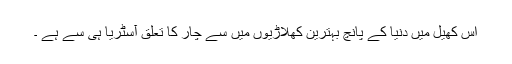
اس کھیل میں دنیا کے پانچ بہترین کھلاڑیوں میں سے چار کا تعلق آسٹریا ہی سے ہے ۔